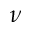
\nu